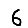
Digit: 6